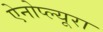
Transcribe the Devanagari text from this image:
ऐनोप्ल्यूरा